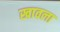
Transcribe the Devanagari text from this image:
खावला